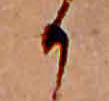
か